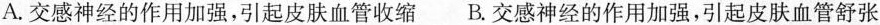
A.交感神经的作用加强，引起皮肤血管收缩 B.交感神经的作用加强，引起皮肤血管舒张